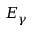
E _ { \gamma }